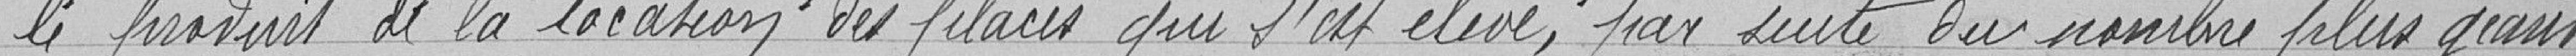
le produit de la location des places qui s'est élevé, par suite du nombre plus grand